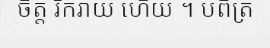
ចិត្ត រីករាយ ហើយ ។ បពិត្រ